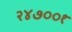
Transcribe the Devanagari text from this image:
२४७००१